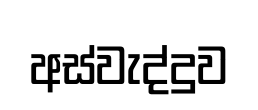
අස්වැද්දුව